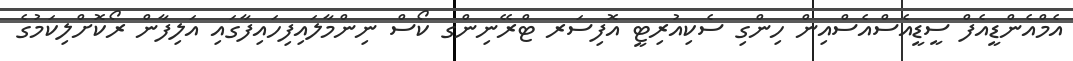
އެމްއެންޑީއެފް ސީޑީއެސްއެސްއިން ހިންގި ސެކިއުރިޓީ އޮފިސަރ ޓްރޭނިންގ ކޯސް ނިންމާލައިފިހައިފާގައި އަލިފާން ރޯކޮށްލިކަމުގެ